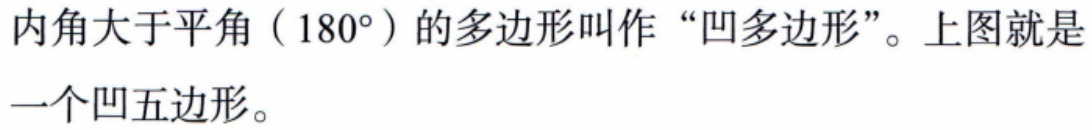
内角大于平角（\(180^{\circ}\)）的多边形叫作“凹多边形”。上图就是一个凹五边形。